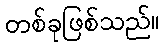
တစ်ခုဖြစ်သည်။